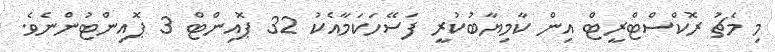
މި މެޗު ރޮކްސްޓްރީޓް އިން ކާމިޔާބުކުރީ ފަސޭހަކަމާއެކު 32 ޕޮއިންޓް 3 ޕޮއިންޓުންނެވެ.